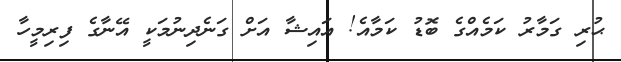
ޙުރި ގަމާރު ކަމެއްގެ ބޮޑު ކަމާއެ! އައިޝާ އަށް ގަނެދިނުމަކީ އޭނާގެ ފިރިމީހާ